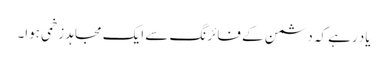
یاد رہے کہ دشمن کے فائرنگ سے ایک مجاہد زخمی ہوا۔